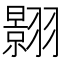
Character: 𮶎